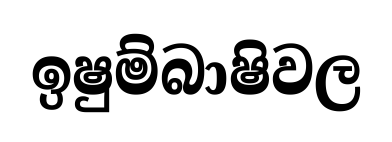
ඉෂුම්බාෂිවල